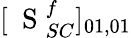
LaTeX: [\mathrm{~\mathbf~S~}_{SC}^{f}]_{01,01}